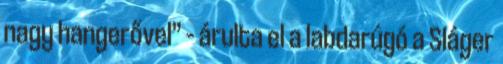
nagy hangerővel” – árulta el a labdarúgó a Sláger